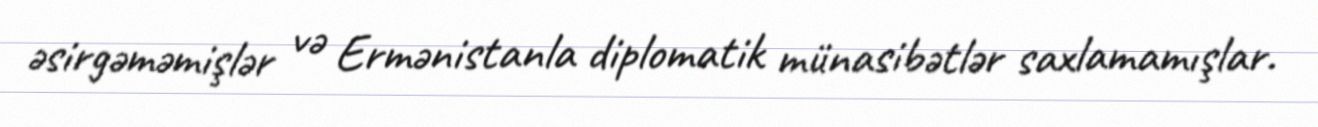
əsirgəməmişlər və Ermənistanla diplomatik münasibətlər saxlamamışlar.